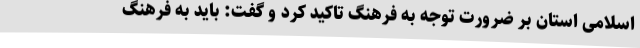
اسلامی استان بر ضرورت توجه به فرهنگ تاکید کرد و گفت: باید به فرهنگ